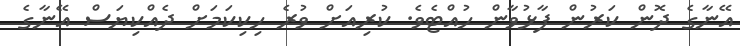
އޭނާގެ ދޮން ކަރުން ފާޅުވާން ހުއްޓެވެ. ކުރިއަށް ވުރެ ހިކިކަމަށް ދެއްކިޔަސް އޭނާގެ